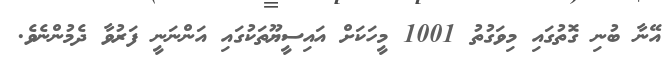
އޭނާ ބުނި ގޮތުގައި މިވަގުތު 1001 މީހަކަށް އައިސީޔޫތަކުގައި އަންނަނީ ފަރުވާ ދެމުންނެވެ.